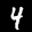
Label: 4